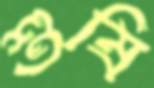
শুষি